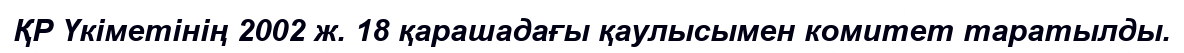
ҚР Үкіметінің 2002 ж. 18 қарашадағы қаулысымен комитет таратылды.